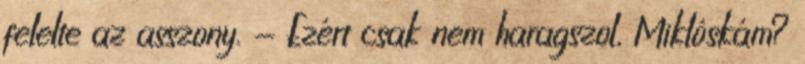
felelte az asszony. - Ezért csak nem haragszol, Miklóskám?